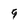
Character: 9